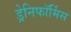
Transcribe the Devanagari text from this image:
ड्रेनिफॉर्मिस